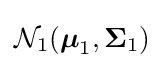
{\mathcal {N}}_{1}({\boldsymbol {\mu }}_{1},{\boldsymbol {\Sigma }}_{1})